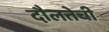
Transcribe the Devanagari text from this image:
दौलतेची